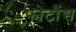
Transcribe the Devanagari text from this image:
फोटौंस